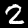
Label: 2